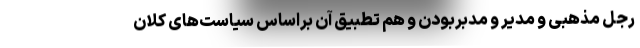
رجل مذهبی و مدیر و مدبر‌بودن و هم تطبیق آن براساس سیاست‌های کلان